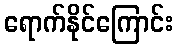
ရောက်နိုင်ကြောင်း